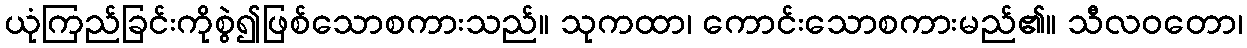
ယုံကြည်ခြင်းကိုစွဲ၍ဖြစ်သောစကားသည်။ သုကထာ၊ ကောင်းသောစကားမည်၏။ သီလဝတော၊